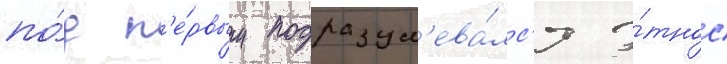
по́д п'е́рвым подразум'ева́лс'я э́тнос